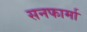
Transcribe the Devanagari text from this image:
सनफार्मा